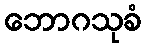
ဘောဂသုခံ